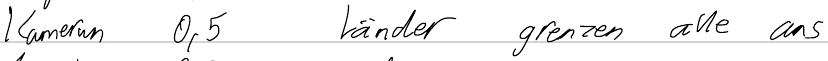
Kamerun 0,5  Länder grenzen alle ans